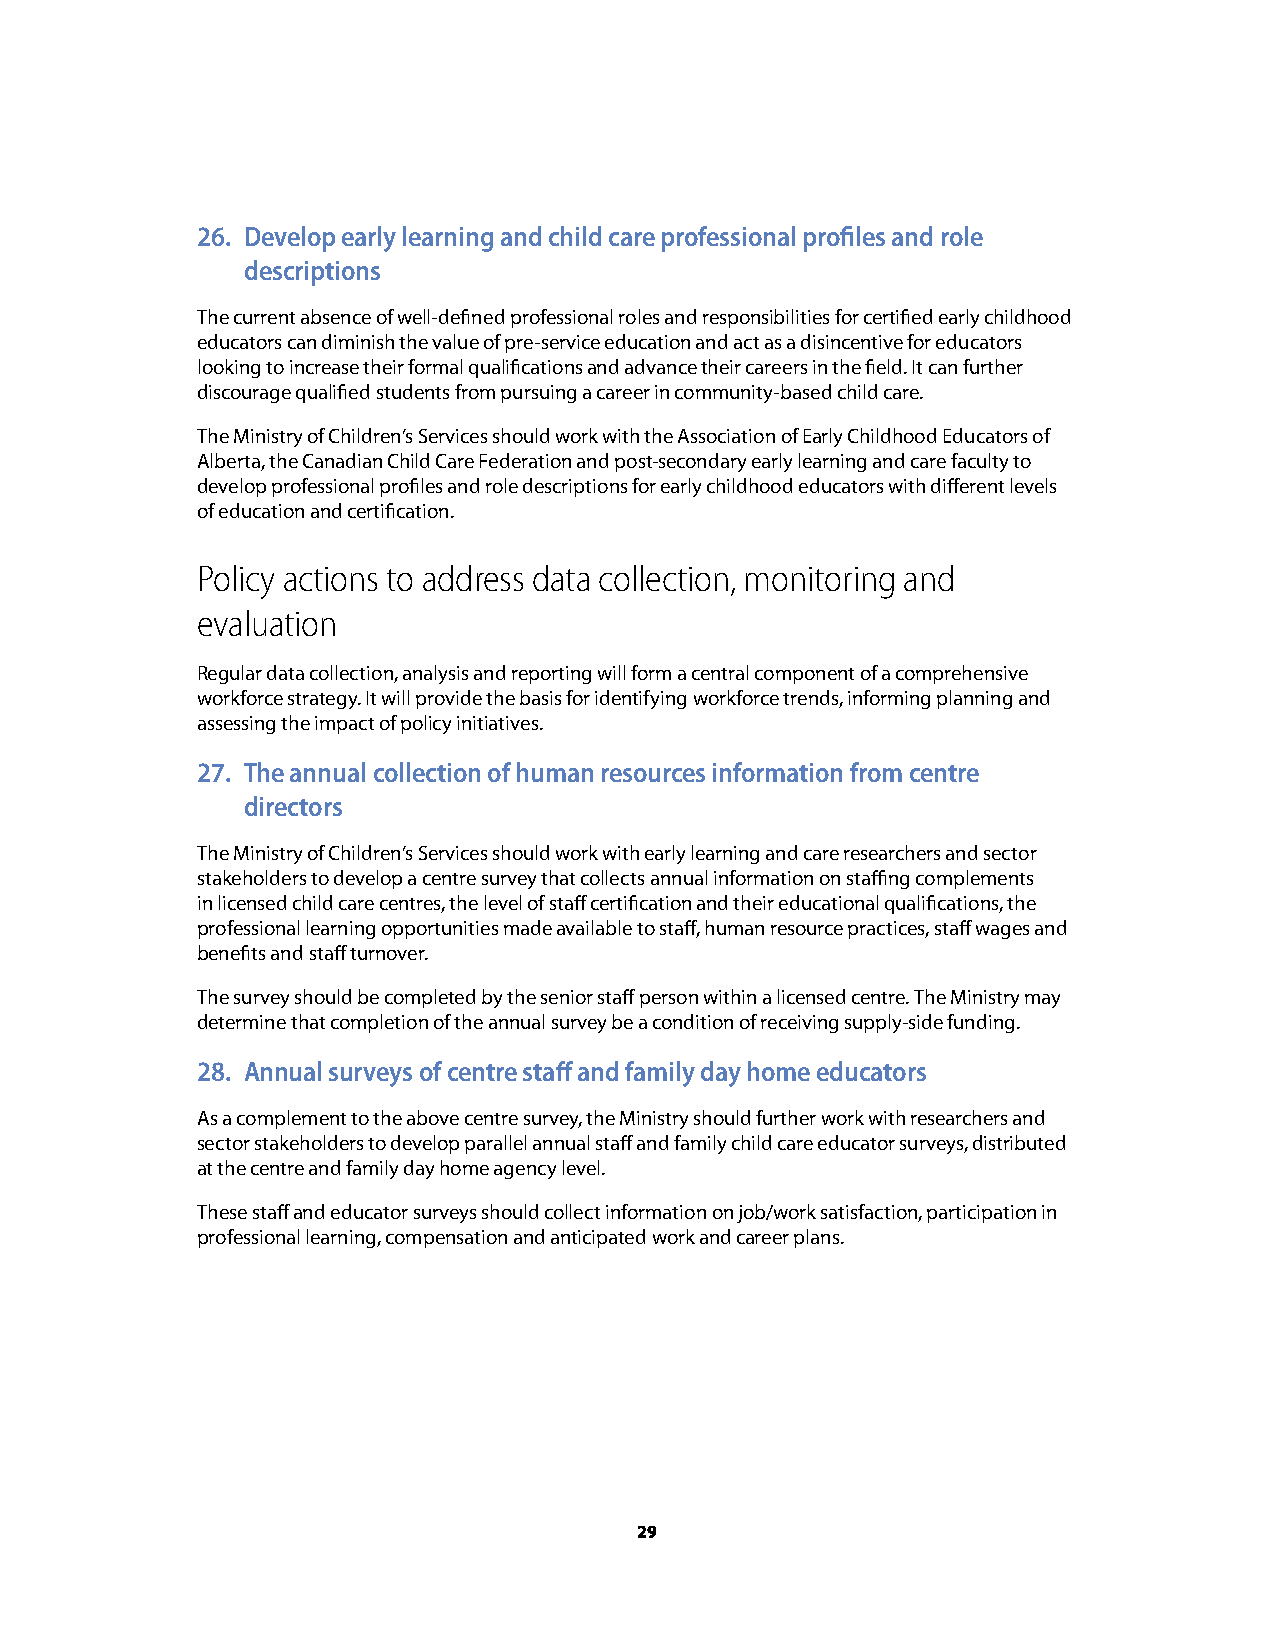
26. Develop early learning and child care professional profiles and role
 descriptions
 The current absence of well-defined professional roles and responsibilities for certified early childhood
 educators can diminish the value of pre-service education and act as a disincentive for educators
 looking to increase their formal qualifications and advance their careers in the field. It can further
 discourage qualified students from pursuing a career in community-based child care.
 The Ministry of Children’s Services should work with the Association of Early Childhood Educators of
 Alberta, the Canadian Child Care Federation and post-secondary early learning and care faculty to
 develop professional profiles and role descriptions for early childhood educators with different levels
 of education and certification.
 Policy actions to address data collection, monitoring and
 evaluation
 Regular data collection, analysis and reporting will form a central component of a comprehensive
 workforce strategy. It will provide the basis for identifying workforce trends, informing planning and
 assessing the impact of policy initiatives.
 27. The annual collection of human resources information from centre
 directors
 The Ministry of Children’s Services should work with early learning and care researchers and sector
 stakeholders to develop a centre survey that collects annual information on staffing complements
 in licensed child care centres, the level of staff certification and their educational qualifications, the
 professional learning opportunities made available to staff, human resource practices, staff wages and
 benefits and staff turnover.
 The survey should be completed by the senior staff person within a licensed centre. The Ministry may
 determine that completion of the annual survey be a condition of receiving supply-side funding.
 28. Annual surveys of centre staff and family day home educators
 As a complement to the above centre survey, the Ministry should further work with researchers and
 sector stakeholders to develop parallel annual staff and family child care educator surveys, distributed
 at the centre and family day home agency level.
 These staff and educator surveys should collect information on job/work satisfaction, participation in
 professional learning, compensation and anticipated work and career plans.
 29